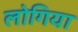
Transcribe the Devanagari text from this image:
लोगिया